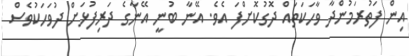
އިން ފަތުރަމުންދާ ވާހަކަތައް ދޮގުކޮށްފަ އެވެ. އޭނާ ބުނީ އޭނާގެ ދަރިފުޅަށް ދުވަހަކުވެސް